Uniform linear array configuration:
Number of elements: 8
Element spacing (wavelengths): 0.25
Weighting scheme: cosine
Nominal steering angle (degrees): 60
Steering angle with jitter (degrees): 61.856
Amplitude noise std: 0.05
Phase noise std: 0.05

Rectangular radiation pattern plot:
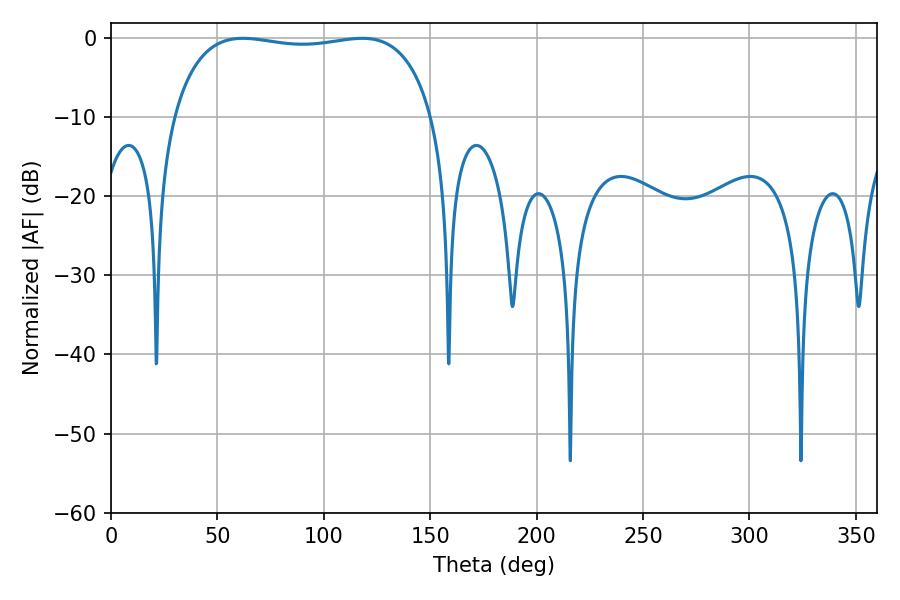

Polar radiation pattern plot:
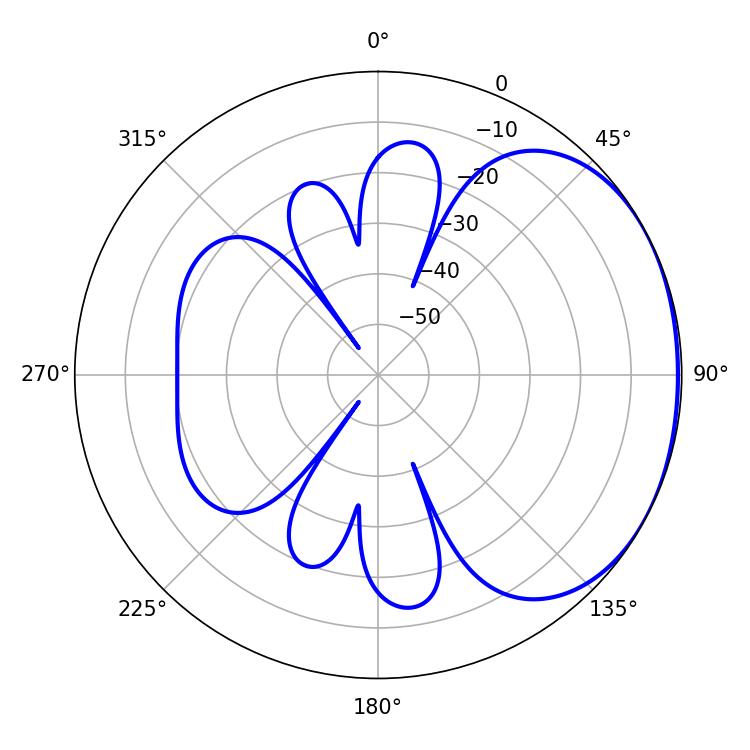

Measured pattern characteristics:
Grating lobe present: FALSE
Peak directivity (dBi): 1.567
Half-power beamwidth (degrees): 98.28
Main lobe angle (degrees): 61.92